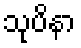
သုပိနာ